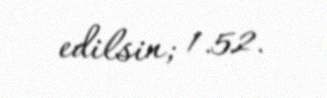
edilsin; 1.52.